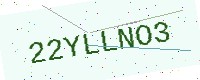
Text: 22YLLNO3